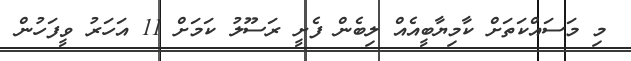
މި މަސައްކަތަށް ކާމިޔާބީއެއް ލިބެން ފެށީ ރަސޫލު ކަމަށް 11 އަހަރު ވީފަހުން